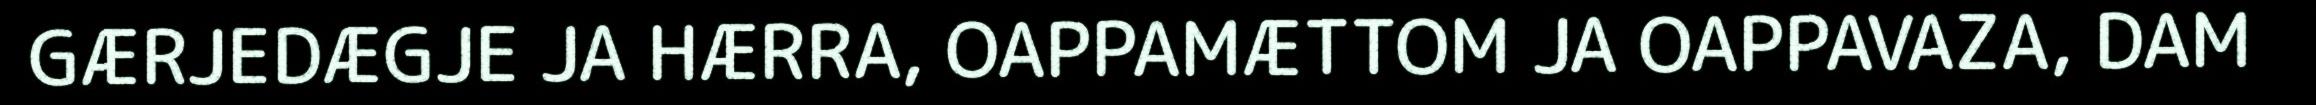
GÆRJEDÆGJE JA HÆRRA, OAPPAMÆTTOM JA OAPPAVAZA, DAM